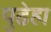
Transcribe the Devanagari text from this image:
पुढेहा